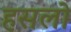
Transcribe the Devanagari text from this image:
हसलो